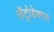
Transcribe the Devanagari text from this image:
लॅट्रोडेक्टस